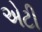
એટી